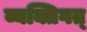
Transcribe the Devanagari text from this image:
व्यक्तिगत्